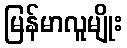
မြန်မာလူမျိုး